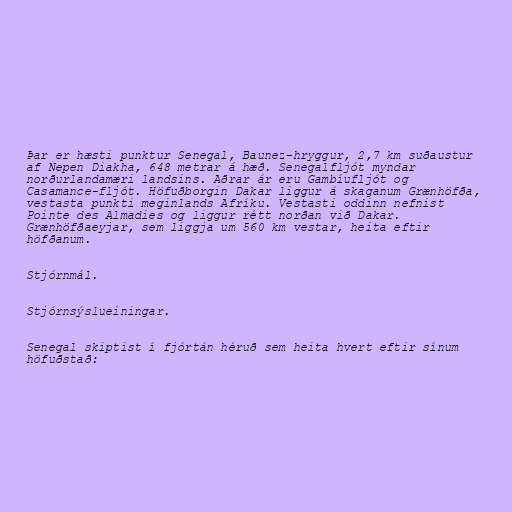
Þar er hæsti punktur Senegal, Baunez-hryggur, 2,7 km suðaustur
af Nepen Diakha, 648 metrar á hæð. Senegalfljót myndar
norðurlandamæri landsins. Aðrar ár eru Gambíufljót og
Casamance-fljót. Höfuðborgin Dakar liggur á skaganum Grænhöfða,
vestasta punkti meginlands Afríku. Vestasti oddinn nefnist
Pointe des Almadies og liggur rétt norðan við Dakar.
Grænhöfðaeyjar, sem liggja um 560 km vestar, heita eftir
höfðanum.

Stjórnmál.

Stjórnsýslueiningar.

Senegal skiptist í fjórtán héruð sem heita hvert eftir sínum
höfuðstað: